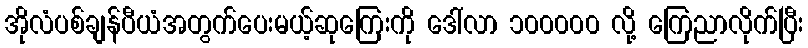
အိုလံပစ်ချန်ပီယံအတွက်ပေးမယ့်ဆုကြေးကို ဒေါ်လာ ၁၀၀၀၀၀ လို့ ကြေညာလိုက်ပြီး